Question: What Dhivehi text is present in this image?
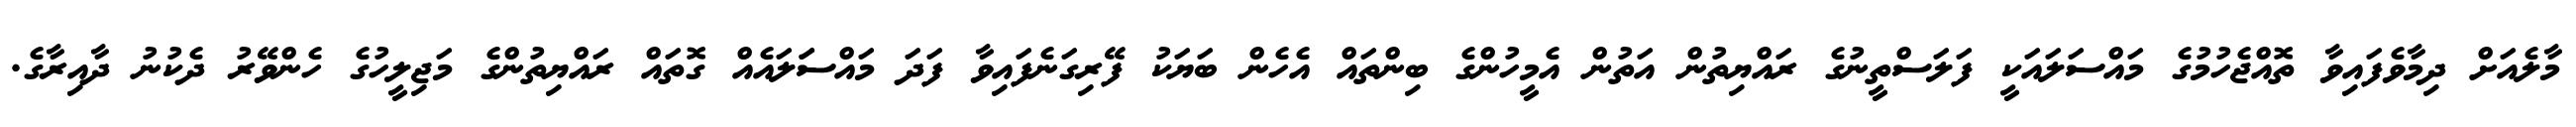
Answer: މާލެއަށް ދިމާވެފައިވާ ތޮއްޖެހުމުގެ މައްސަލައަކީ ފަލަސްތީނުގެ ރައްޔިތުން އަތުން އެމީހުންގެ ބިންތައް އެހެން ބަޔަކު ފޭރިގަނެފައިވާ ފަދަ މައްސަަލައެއް ގޮތައް ރައްޔިތުންގެ މަޖިލީހުގެ ހެންވޭރު ދެކުނު ދާއިރާގެ.